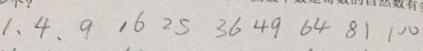
1 , 4 , 9 1 6 2 5 3 6 4 9 6 4 8 1 1 0 0